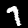
Digit: 7